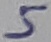
Text: 5